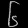
Digit: ၆